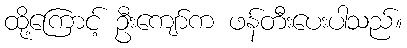
ထို့ကြောင့် ဦးကျော်က ဖန်တီးပေးပါသည်။